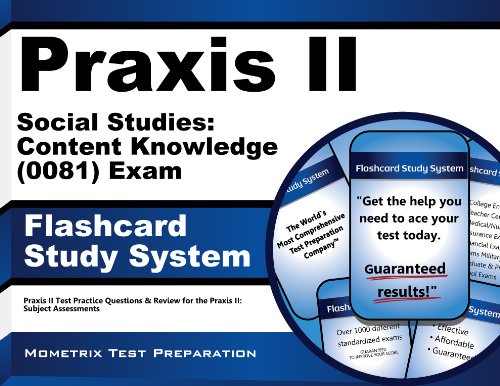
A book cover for Praxis II Social Studies: Content Knowledge (5081) Exam Flashcard Study System: Praxis II Test Practice Questions & Review for the Praxis II: Subject Assessments (Cards); Praxis II Exam Secrets Test Prep Team; Test Preparation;